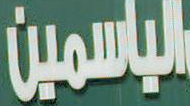
الياسمين